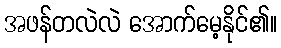
အဖန်တလဲလဲ အောက်မေ့နိုင်၏။